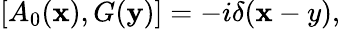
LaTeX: [A_{0}({\mathbf x}),G({\mathbf y})]=-i\delta({\mathbf x-y}),